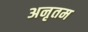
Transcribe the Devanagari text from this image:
अनृतम